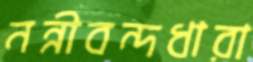
নন্নীবন্দধারা